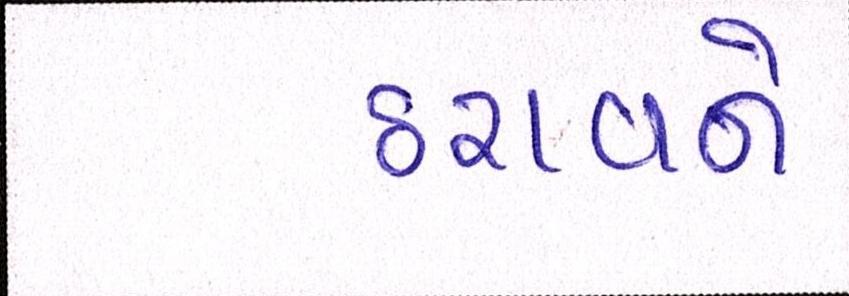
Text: ઠરાવને